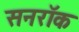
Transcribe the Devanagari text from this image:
सनरॉक